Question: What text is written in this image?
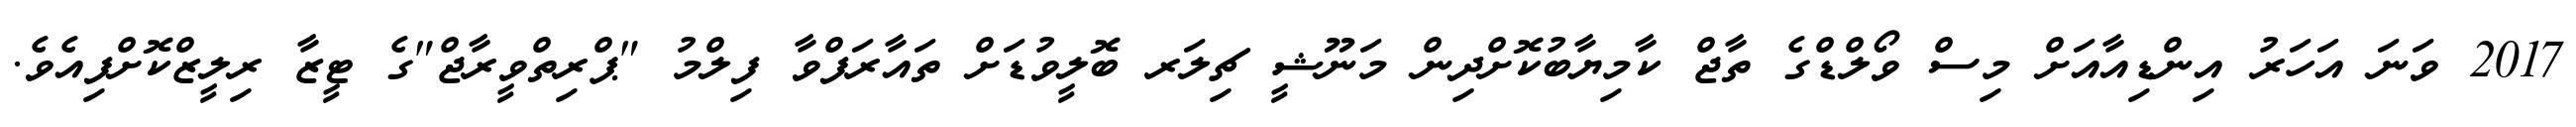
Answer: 2017 ވަނަ އަހަރު އިންޑިއާއަށް މިސް ވޯލްޑްގެ ތާޖް ކާމިޔާބުކޮށްދިން މަނޫޝީ ޗިލަރ ބޮލީވުޑަށް ތައާރަފްވާ ފިލްމު "ޕްރިތްވީރާޖް"ގެ ޓީޒާ ރިލީޒްކޮށްފިއެވެ.